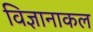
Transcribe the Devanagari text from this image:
विज्ञानाकल